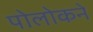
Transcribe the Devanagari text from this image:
पोलोकने